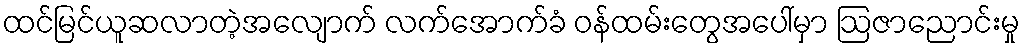
ထင်မြင်ယူဆလာတဲ့အလျောက် လက်အောက်ခံ ဝန်ထမ်းတွေအပေါ်မှာ ဩဇာညောင်းမှု